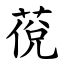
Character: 䓲